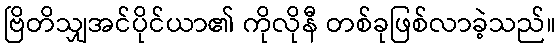
ဗြိတိသျှအင်ပိုင်ယာ၏ ကိုလိုနီ တစ်ခုဖြစ်လာခဲ့သည်။